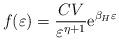
LaTeX: \begin{align*}f(\varepsilon)={CV\over\varepsilon^{\eta+1} } \hbox{e}^{{\beta_H \varepsilon}}\end{align*}